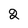
Character: 2